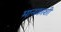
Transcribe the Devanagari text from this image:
मानकाशी